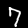
Label: 7